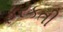
ફરકતી